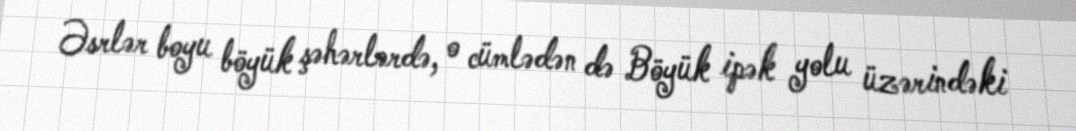
Əsrlər boyu böyük şəhərlərdə, o cümlədən də Böyük ipək yolu üzərindəki